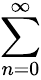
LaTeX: \sum_{n=0}^{\infty}